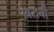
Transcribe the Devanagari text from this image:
उंबराची